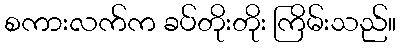
စကားလက်က ခပ်တိုးတိုး ကြိမ်းသည်။